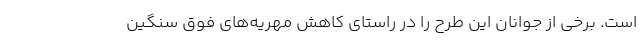
است. برخی از جوانان این طرح را در راستای کاهش مهریه‌های فوق سنگین